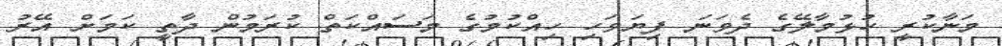
މަނާކުރީ ހުޅުމާލޭގެ ދެވަނަ ފިޔަވަހި ހިއްކުމުގެ މަސައްކަތް ކުރަމުން ދާތީ ކަމަށް އޭރު